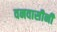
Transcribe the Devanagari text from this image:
वनवासीनी